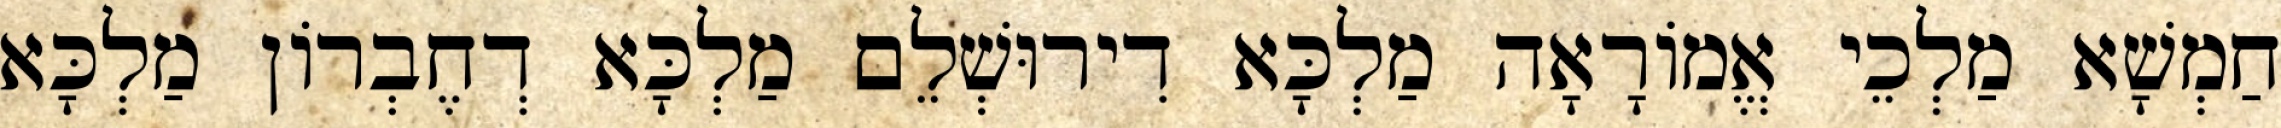
חַמְשָׁא מַלְכֵי אֱמוֹרָאָה מַלְכָּא דִירוּשְׁלֵם מַלְכָּא דְחֶבְרוֹן מַלְכָּא